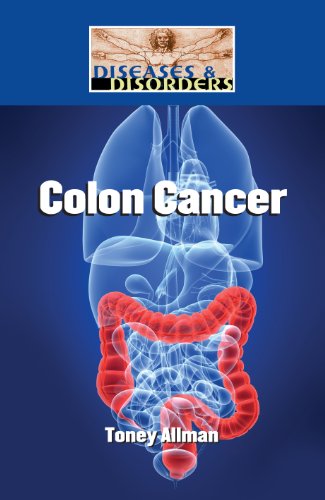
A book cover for Colon Cancer (Diseases and Disorders); Toney Allman; Teen & Young Adult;